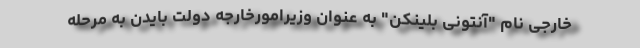
خارجی نام "آنتونی بلینکن" به عنوان وزیرامورخارجه دولت بایدن به مرحله